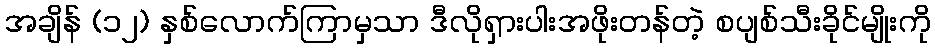
အချိန် (၁၂) နှစ်လောက်ကြာမှသာ ဒီလိုရှားပါးအဖိုးတန်တဲ့ စပျစ်သီးခိုင်မျိုးကို